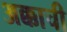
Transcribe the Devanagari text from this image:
अक्काची